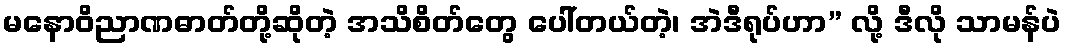
မနောဝိညာဏဓာတ်တို့ဆိုတဲ့ အသိစိတ်တွေ ပေါ်တယ်တဲ့၊ အဲဒီရုပ်ဟာ” လို့ ဒီလို သာမန်ပဲ